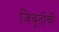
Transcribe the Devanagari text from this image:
जिबूतीची